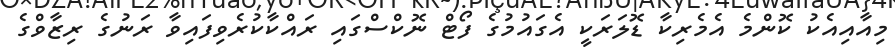
މިއާއިއެކު ކޮންމެ އެމެރިކާ ޑޮލަރަކީ އެގައުމުގެ ފޯޓް ނޮކްސްގައި ރައްކާކުރެވިފައިވާ ރަނުގެ ރިޒާވްގެ